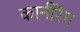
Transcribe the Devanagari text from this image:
कार्नरिंग